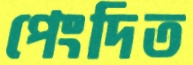
পেংদিত